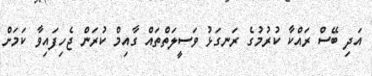
އަދި ބޭސް ރައްކާ ކުރުމުގެ ރަނގަޅު ވަސީލަތްތައް ގާއިމް ކުރަން ޖެހިފައިވާ ކަމަށް